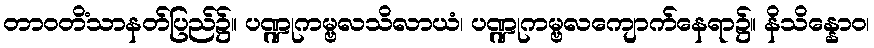
တာဝတိံသာနတ်ပြည်၌။ ပဏ္ဍုကမ္ဗလသိလာယံ၊ ပဏ္ဍုကမ္ဗလကျောက်နေရာ၌။ နိသိန္နောဝ၊